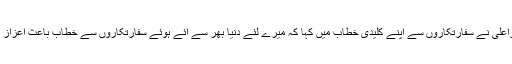
وزیراعلیٰ نے سفارتکاروں سے اپنے کلیدی خطاب میں کہا کہ میرے لئے دنیا بھر سے آئے ہوئے سفارتکاروں سے خطاب باعث اعزاز ہے ۔